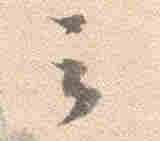
云